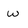
Character: w